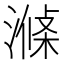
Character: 𣼝